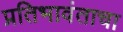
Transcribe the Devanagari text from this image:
प्रतिभावंताचा